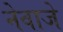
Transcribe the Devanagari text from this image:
नेवाजे